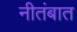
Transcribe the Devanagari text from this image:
नीतंबात